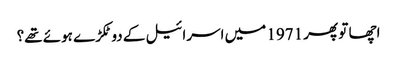
اچھا تو پھر 1971 میں اسرائیل کے دو ٹکڑے ہوئے تھے؟